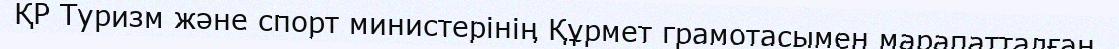
ҚР Туризм және спорт министерінің Құрмет грамотасымен марапатталған.